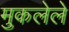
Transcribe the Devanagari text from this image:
मुकलेले